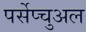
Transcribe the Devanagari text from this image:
पर्सेप्चुअल